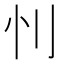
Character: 𰄜